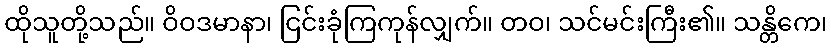
ထိုသူတို့သည်။ ဝိဝဒမာနာ၊ ငြင်းခုံကြကုန်လျှက်။ တဝ၊ သင်မင်းကြီး၏။ သန္တိကေ၊